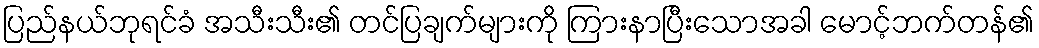
ပြည်နယ်ဘုရင်ခံ အသီးသီး၏ တင်ပြချက်များကို ကြားနာပြီးသောအခါ မောင့်ဘက်တန်၏